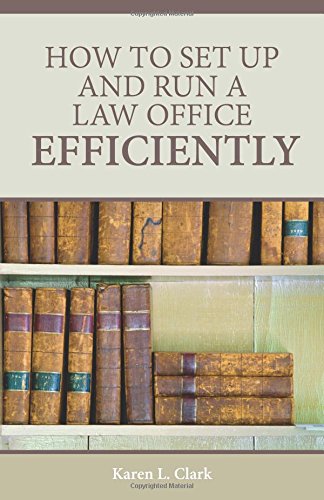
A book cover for How to Set Up and Run a Law Office Efficiently; Karen L. Clark; Law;